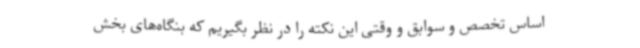
اساس تخصص و سوابق و وقتی این نکته را در نظر بگیریم که بنگاه‌های بخش